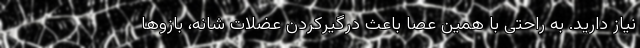
نیاز دارید. به‌ راحتی با همین عصا باعث درگیرکردن عضلات شانه، بازوها